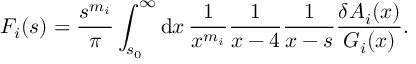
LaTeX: F _ { i } ( s ) = { \frac { s ^ { m _ { i } } } { \pi } } \int _ { s _ { 0 } } ^ { \infty } \mathrm { d } x \, { \frac { 1 } { x ^ { m _ { i } } } } { \frac { 1 } { x - 4 } } { \frac { 1 } { x - s } } { \frac { \delta A _ { i } ( x ) } { G _ { i } ( x ) } } .